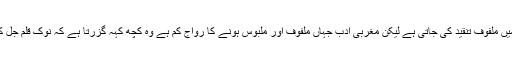
مشرق کے ادب میں تو احترام اور عزت کے پیرائے میں ملفوف تنقید کی جاتی ہے لیکن مغربی ادب جہاں ملفوف اور ملبوس ہونے کا رواج کم ہے وہ کچھ کہہ گزرتا ہے کہ نوک قلم جل کر رہ جائے اور صریر خامہ صورِ اسرا فیل بن جائے۔